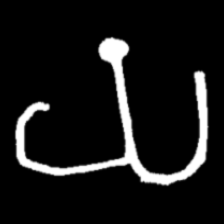
Pyu character \u2014 Myanmar letter: ယ (romanized: ya)